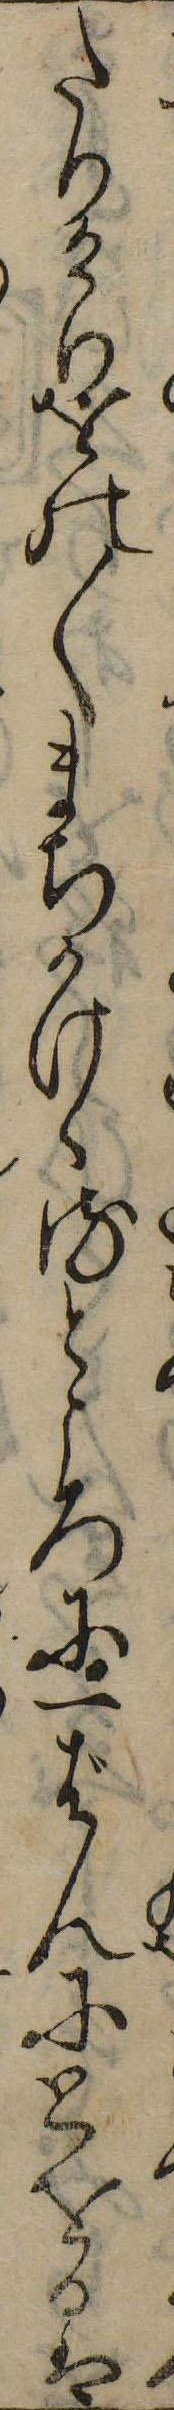
たりけりをの〱まちかけゝるところに一ばんにとをるは